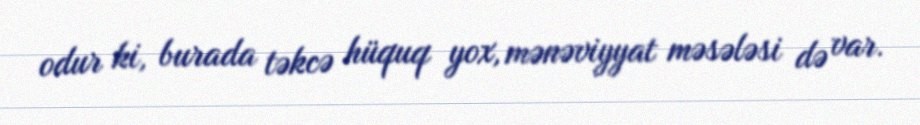
odur ki, burada təkcə hüquq yox, mənəviyyat məsələsi də var.